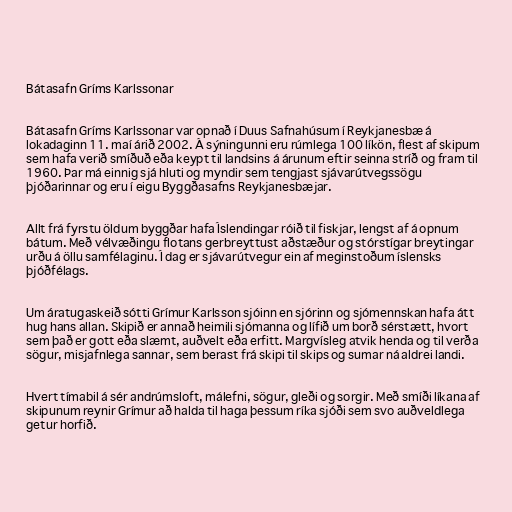
Bátasafn Gríms Karlssonar

Bátasafn Gríms Karlssonar var opnað í Duus Safnahúsum í Reykjanesbæ á
lokadaginn 11. maí árið 2002. Á sýningunni eru rúmlega 100 líkön, flest af skipum
sem hafa verið smíðuð eða keypt til landsins á árunum eftir seinna stríð og fram til
1960. Þar má einnig sjá hluti og myndir sem tengjast sjávarútvegssögu
þjóðarinnar og eru í eigu Byggðasafns Reykjanesbæjar.

Allt frá fyrstu öldum byggðar hafa Íslendingar róið til fiskjar, lengst af á opnum
bátum. Með vélvæðingu flotans gerbreyttust aðstæður og stórstígar breytingar
urðu á öllu samfélaginu. Í dag er sjávarútvegur ein af meginstoðum íslensks
þjóðfélags.

Um áratugaskeið sótti Grímur Karlsson sjóinn en sjórinn og sjómennskan hafa átt
hug hans allan. Skipið er annað heimili sjómanna og lífið um borð sérstætt, hvort
sem það er gott eða slæmt, auðvelt eða erfitt. Margvísleg atvik henda og til verða
sögur, misjafnlega sannar, sem berast frá skipi til skips og sumar ná aldrei landi.

Hvert tímabil á sér andrúmsloft, málefni, sögur, gleði og sorgir. Með smíði líkana af
skipunum reynir Grímur að halda til haga þessum ríka sjóði sem svo auðveldlega
getur horfið.